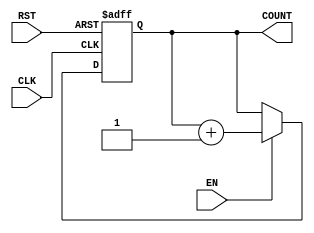
/*Generic scalable counter

R. Mehler
December 2008
*/
`timescale 1 ns / 1 ns
module GEN_CNT(CLK, RST, EN, COUNT);
  parameter WIDTH = 4;
  input CLK, RST, EN;
  output [WIDTH - 1 : 0] COUNT;
  reg [WIDTH - 1 : 0] COUNT;
  
  always @(posedge CLK or negedge RST) begin
    if (!RST) COUNT <= 'b0;
    else begin
      if (EN) COUNT <= COUNT + 1;
      else COUNT <= COUNT;
    end
  end
endmodule